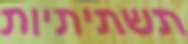
תשתיתיות